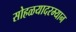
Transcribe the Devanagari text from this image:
सोहळयादरम्यान